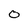
Character: 0